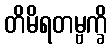
တိမိရတမ္ဗက္ခိ